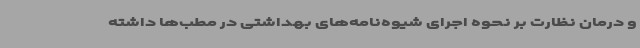
و درمان نظارت بر نحوه اجرای شیوه‌نامه‌های بهداشتی در مطب‌ها داشته